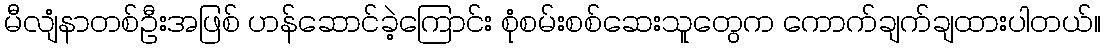
မီလျံနာတစ်ဦးအဖြစ် ဟန်ဆောင်ခဲ့ကြောင်း စုံစမ်းစစ်ဆေးသူတွေက ကောက်ချက်ချထားပါတယ်။